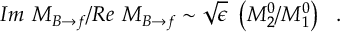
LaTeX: { \cal I } m ~ { \cal { M } } _ { B \to f } / { \cal R } e ~ { \cal { M } } _ { B \to f } \sim \sqrt { \epsilon } ~ \left( { \cal { M } } _ { 2 } ^ { 0 } / { \cal { M } } _ { 1 } ^ { 0 } \right) \ \ .